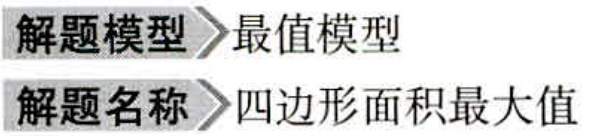
解题模型$\rightharpoonup$最值模型
解题名称$\rightharpoonup$四边形面积最大值